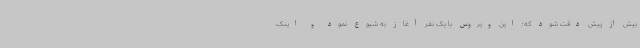
بیش از پیش دقت شود که؛ این ویروس با یک نفر آغاز به شیوع نمود و اینک